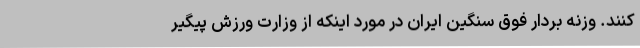
کنند. وزنه بردار فوق سنگین ایران در مورد اینکه از وزارت ورزش پیگیر